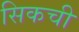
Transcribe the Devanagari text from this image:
सिकची